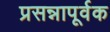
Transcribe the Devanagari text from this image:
प्रसन्नापूर्वक